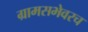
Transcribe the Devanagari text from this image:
ग्रामसभेवरच